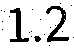
1.2